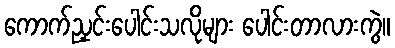
ကောက်ညှင်းပေါင်းသလိုများ ပေါင်းတာလားကွဲ။